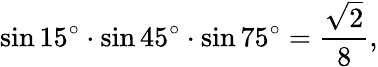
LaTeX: \sin 15^{\circ}\cdot\sin 45^{\circ}\cdot\sin 75^{\circ}={\frac{\sqrt{2}}{8}},